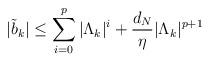
LaTeX: \begin{align*}|\tilde{b}_{k}| \leq \sum_{i=0}^{p}|\Lambda_{k}|^{i}+\frac{d_N}{\eta}|\Lambda_{k}|^{p+1}\end{align*}